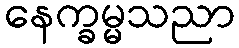
နေက္ခမ္မသညာ